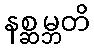
နစ္ဆမ္ဘတိ